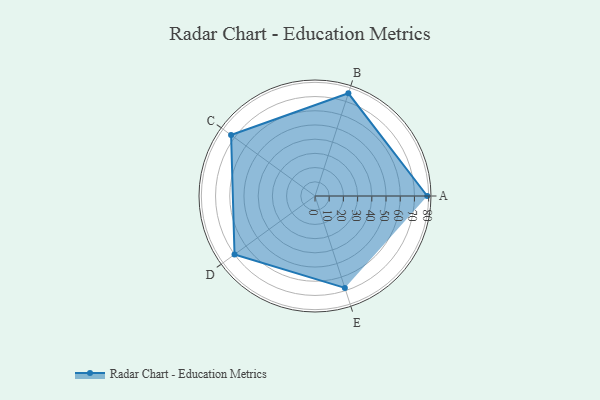
{"axis": {"x": "Skill", "y": "Score"}, "legend": ["Profile"], "data": [{"x": "A", "y": 79.0, "type": "Profile"}, {"x": "B", "y": 76.0, "type": "Profile"}, {"x": "C", "y": 73.0, "type": "Profile"}, {"x": "D", "y": 70.0, "type": "Profile"}, {"x": "E", "y": 68.0, "type": "Profile"}]}